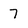
Character: 7